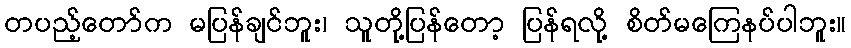
တပည့်တော်က မပြန်ချင်ဘူး၊ သူတို့ပြန်တော့ ပြန်ရလို့ စိတ်မကြေနပ်ပါဘူး။